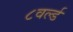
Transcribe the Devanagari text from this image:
८वर्ल्ड